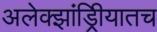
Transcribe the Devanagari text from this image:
अलेक्झांड्रिीयातच